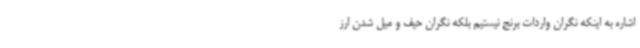
اشاره به اینکه نگران واردات برنج نیستیم بلکه نگران حیف و میل شدن ارز